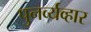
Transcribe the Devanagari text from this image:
पुनर्व्यव्हार